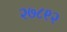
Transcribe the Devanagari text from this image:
२७८९२